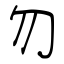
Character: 勿